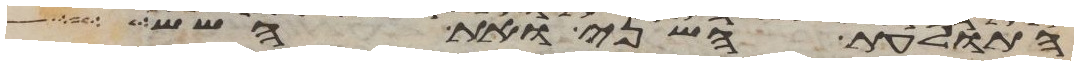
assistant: התולעת השני ואת השש